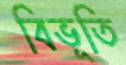
বিভূতি